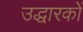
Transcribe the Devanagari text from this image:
उद्धारकों